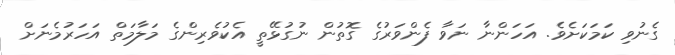
ގެނުވި ކަމަކަށެވެ. އަހަންނާ ނަވާ ފެންވަރުގެ ގޮތުން ނުގުޅޭތީ އެކުވެރިންގެ މަލާމަތް އަހަރުމެނަށް